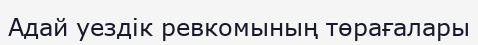
Адай уездік ревкомының төрағалары